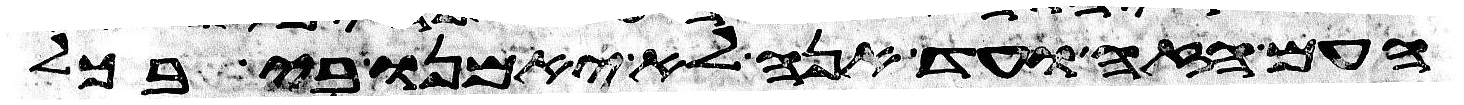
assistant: העם הזה ועד הנה לא יאמנו בי בכל